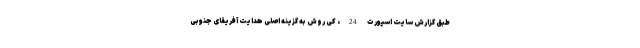
طبق گزارش سایت اسپورت 24، کی روش به گزینه اصلی هدایت آفریقای جنوبی